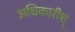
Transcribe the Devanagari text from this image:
अधिकारीश्